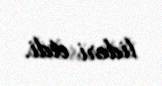
lideri etdi.